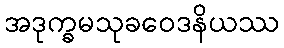
အဒုက္ခမသုခဝေဒနိယဿ